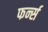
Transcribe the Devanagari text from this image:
फर्न्स